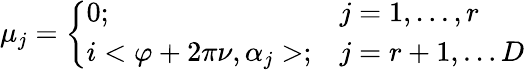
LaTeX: \mu_{j}=\left\{ \begin{array}{ll}{{0;}}&{{j=1,\ldots,r}}\\ {{i<\varphi+2\pi\nu,\alpha_{j}>;}}&{{j=r+1,\ldots D}}\end{array}\right.